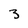
Character: 3